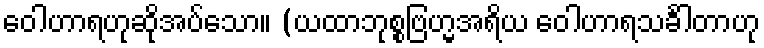
ဝေါဟာရဟုဆိုအပ်သော။ (ယထာဘုစ္စဗြဟ္မအရိယ ဝေါဟာရသင်္ခါတာဟု